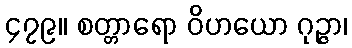
၄၇၉။ စတ္တာရော ဝိဟယော ဂုဉ္ဇာ၊